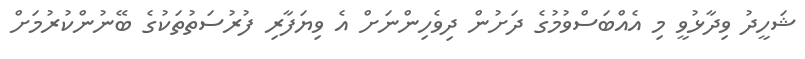
ޝަހީދު ވިދާޅުވީ މި އެއްބަސްވުމުގެ ދަށުން ދިވެހިންނަށް އެ ވިޔަފާރި ފުރުސަތުތަކުގެ ބޭނުންކުރުމަށް